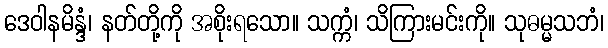
ဒေဝါနမိန္ဒံ၊ နတ်တို့ကို အစိုးရသော။ သက္ကံ၊ သိကြားမင်းကို။ သုဓမ္မသဘံ၊